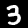
Label: 3